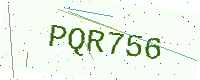
Text: PQR756